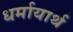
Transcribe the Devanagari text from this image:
धर्मायार्थ